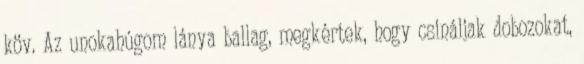
köv. Az unokahúgom lánya ballag, megkértek, hogy csináljak dobozokat,